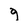
Character: 9